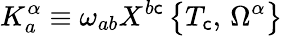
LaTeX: K_{a}^{\alpha}\equiv\omega_{ab}X^{b\mathsf{c}}\, \bigr\{ T_{\mathsf{c}},\, \Omega^{\alpha}\bigr\}